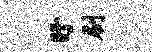
盱刷